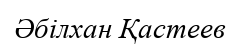
Әбілхан Қастеев